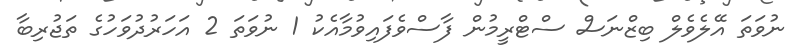
ނުވަތަ އޭލެވެލް ބިޒްނަސް ސްޓްރީމުން ފާސްވެފައިވުމާއެކު 1 ނުވަތަ 2 އަހަރުދުވަހުގެ ތަޖުރިބާ